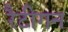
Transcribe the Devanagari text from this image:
रैटीगन